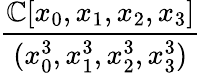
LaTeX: \frac{\mathbb{C}[x_{0},x_{1},x_{2},x_{3}]}{(x_{0}^{3},x_{1}^{3},x_{2}^{3},x_{3}^{3})}